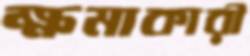
ক্ষমাকারী